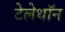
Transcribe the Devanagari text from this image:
टेलेथॉन